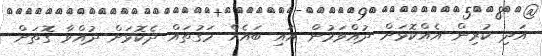
އަދި ކުރިން އެއްކޮޅަށް ދުއްވަމުން އައި ބައެއް މަގުތައް ދެކޮޅަށް ދުއްވާ ގޮތަށް